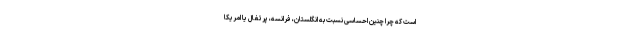
است که چرا چنین احساسی نسبت به انگلستان، فرانسه، پرتغال یا امریکا